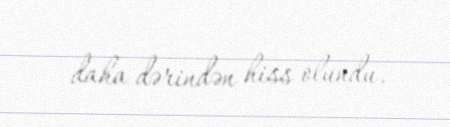
daha dərindən hiss olundu.